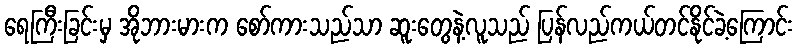
ရေကြီးခြင်းမှ အိုဘားမားက စော်ကားသည်သာ ဆူးတွေနဲ့လူသည် ပြန်လည်ကယ်တင်နိုင်ခဲ့ကြောင်း